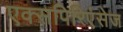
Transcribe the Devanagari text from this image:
एक्सपिरिएंसेज